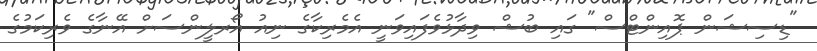
"ޑިސިޝަން ޕޮއިންޓްސް" ގައި ބުޝް ވިދާޅުވެފައިވަނީ އެމެރިކާގެ ނިއު އޯރލީންސަށް އޭނާގެ ވެރިކަމުގެ